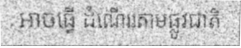
អាចធ្វើ ដំណើររតាមផ្លូវជាតិ